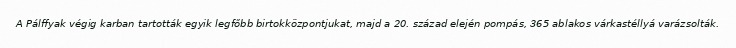
A Pálffyak végig karban tartották egyik legfőbb birtokközpontjukat, majd a 20. század elején pompás, 365 ablakos várkastéllyá varázsolták.